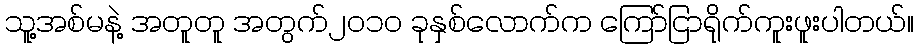
သူ့အစ်မနဲ့ အတူတူ အတွက်၂၀၁၀ ခုနှစ်လောက်က ကြော်ငြာရိုက်ကူးဖူးပါတယ်။